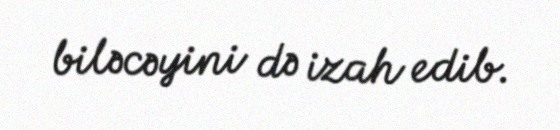
biləcəyini də izah edib.